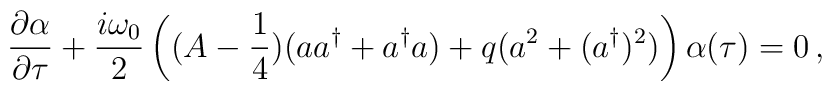
\frac{\partial\alpha}{\partial\tau} +\frac{i\omega_0}2\left((A-\frac14)(aa^{\dag}+a^{\dag}a) + q (a^2 + (a^{\dag})^2)\right)\alpha(\tau)=0\,,